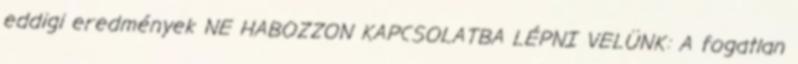
eddigi eredmények NE HABOZZON KAPCSOLATBA LÉPNI VELÜNK: A fogatlan